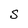
Character: S